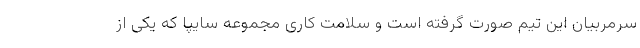
سرمربیان این تیم صورت گرفته است و سلامت کاری مجموعه سایپا که یکی از